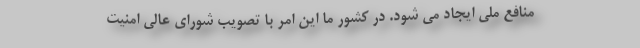
منافع ملی ایجاد می شود. در کشور ما این امر با تصویب شورای عالی امنیت